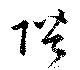
陛